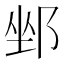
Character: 𨛏